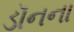
ડૉનના